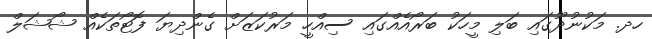
ހދ. މަކުނުދޫގައި ބަލި މީހަކު ބަރޯއެއްގައި ސިއްހީ މަރުކަޒަށް ގެންދިޔަ ފޮޓޯތަކެއް ޝޯޝަލް